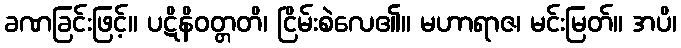
ခဏခြင်းဖြင့်။ ပဋိနိဝတ္တတိ၊ ငြိမ်းစဲလေ၏။ မဟာရာဇ၊ မင်းမြတ်။ အပိ၊